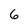
Character: 6